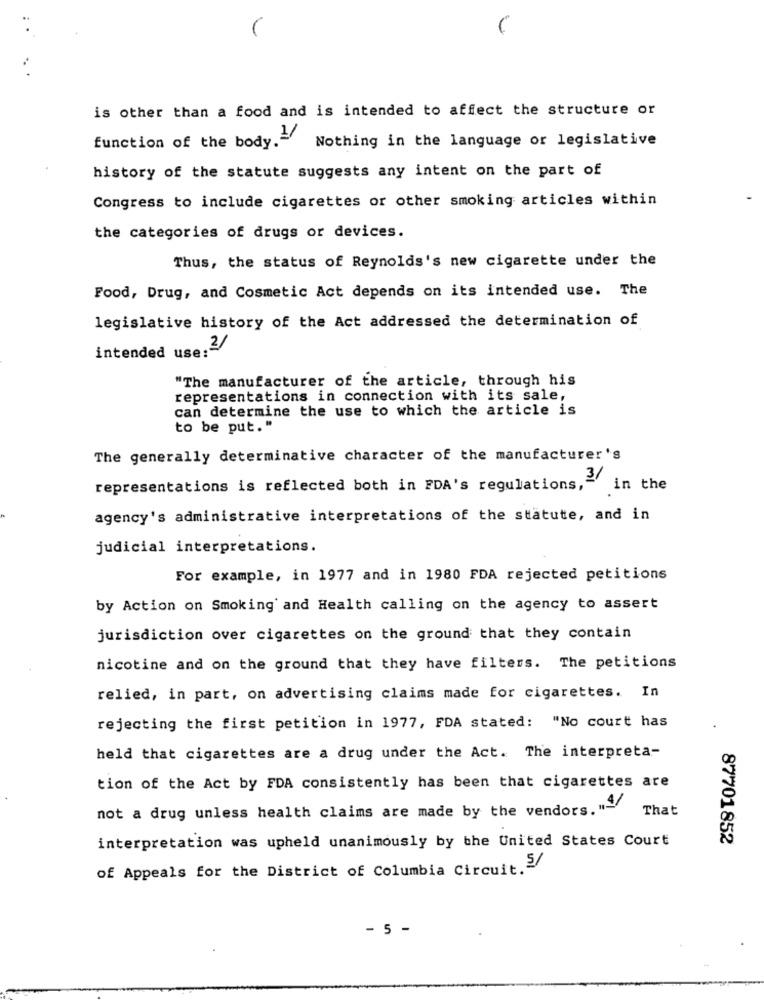
is other than a food and is intended to affect the structure or
function of the body."
Nothing in the language or legislative
history of the statute suggests any intent on the part of
Congress to include cigarettes or other smoking articles within
the categories of drugs or devices.
Thus, the status of Reynolds's new cigarette under the
Food, Drug, and Cosmetic Act depends on its intended use. The
legislative history of the Act addressed the determination of
intended use:"
"The manufacturer of the article, through his
representations in connection with its sale,
can determine the use to which the article is
to be put."
The generally determinative character of the manufacturer's
3/
representations is reflected both in FDA's regulations,
in the
agency's administrative interpretations of the statute, and in
judicial interpretations.
For example, in 1977 and in 1980 FDA rejected petitions
by Action on Smoking and Health calling on the agency to assert
jurisdiction over cigarettes on the ground that they contain
nicotine and on the ground that they have filters. The petitions
relied, in part, on advertising claims made for cigarettes. In
rejecting the first petition in 1977, FDA stated: "No court has
held that cigarettes are a drug under the Act. The interpreta-
tion of the Act by FDA consistently has been that cigarettes are
not a drug unless health claims are made by the vendors. ">
That
interpretation was upheld unanimously by the United States Court
87701852
of Appeals for the District of Columbia Circuit.2
- 5 -